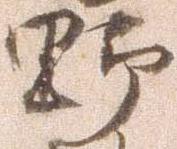
野